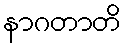
နာဂတာတိ